Trukikaitis_Postimees, lk 8
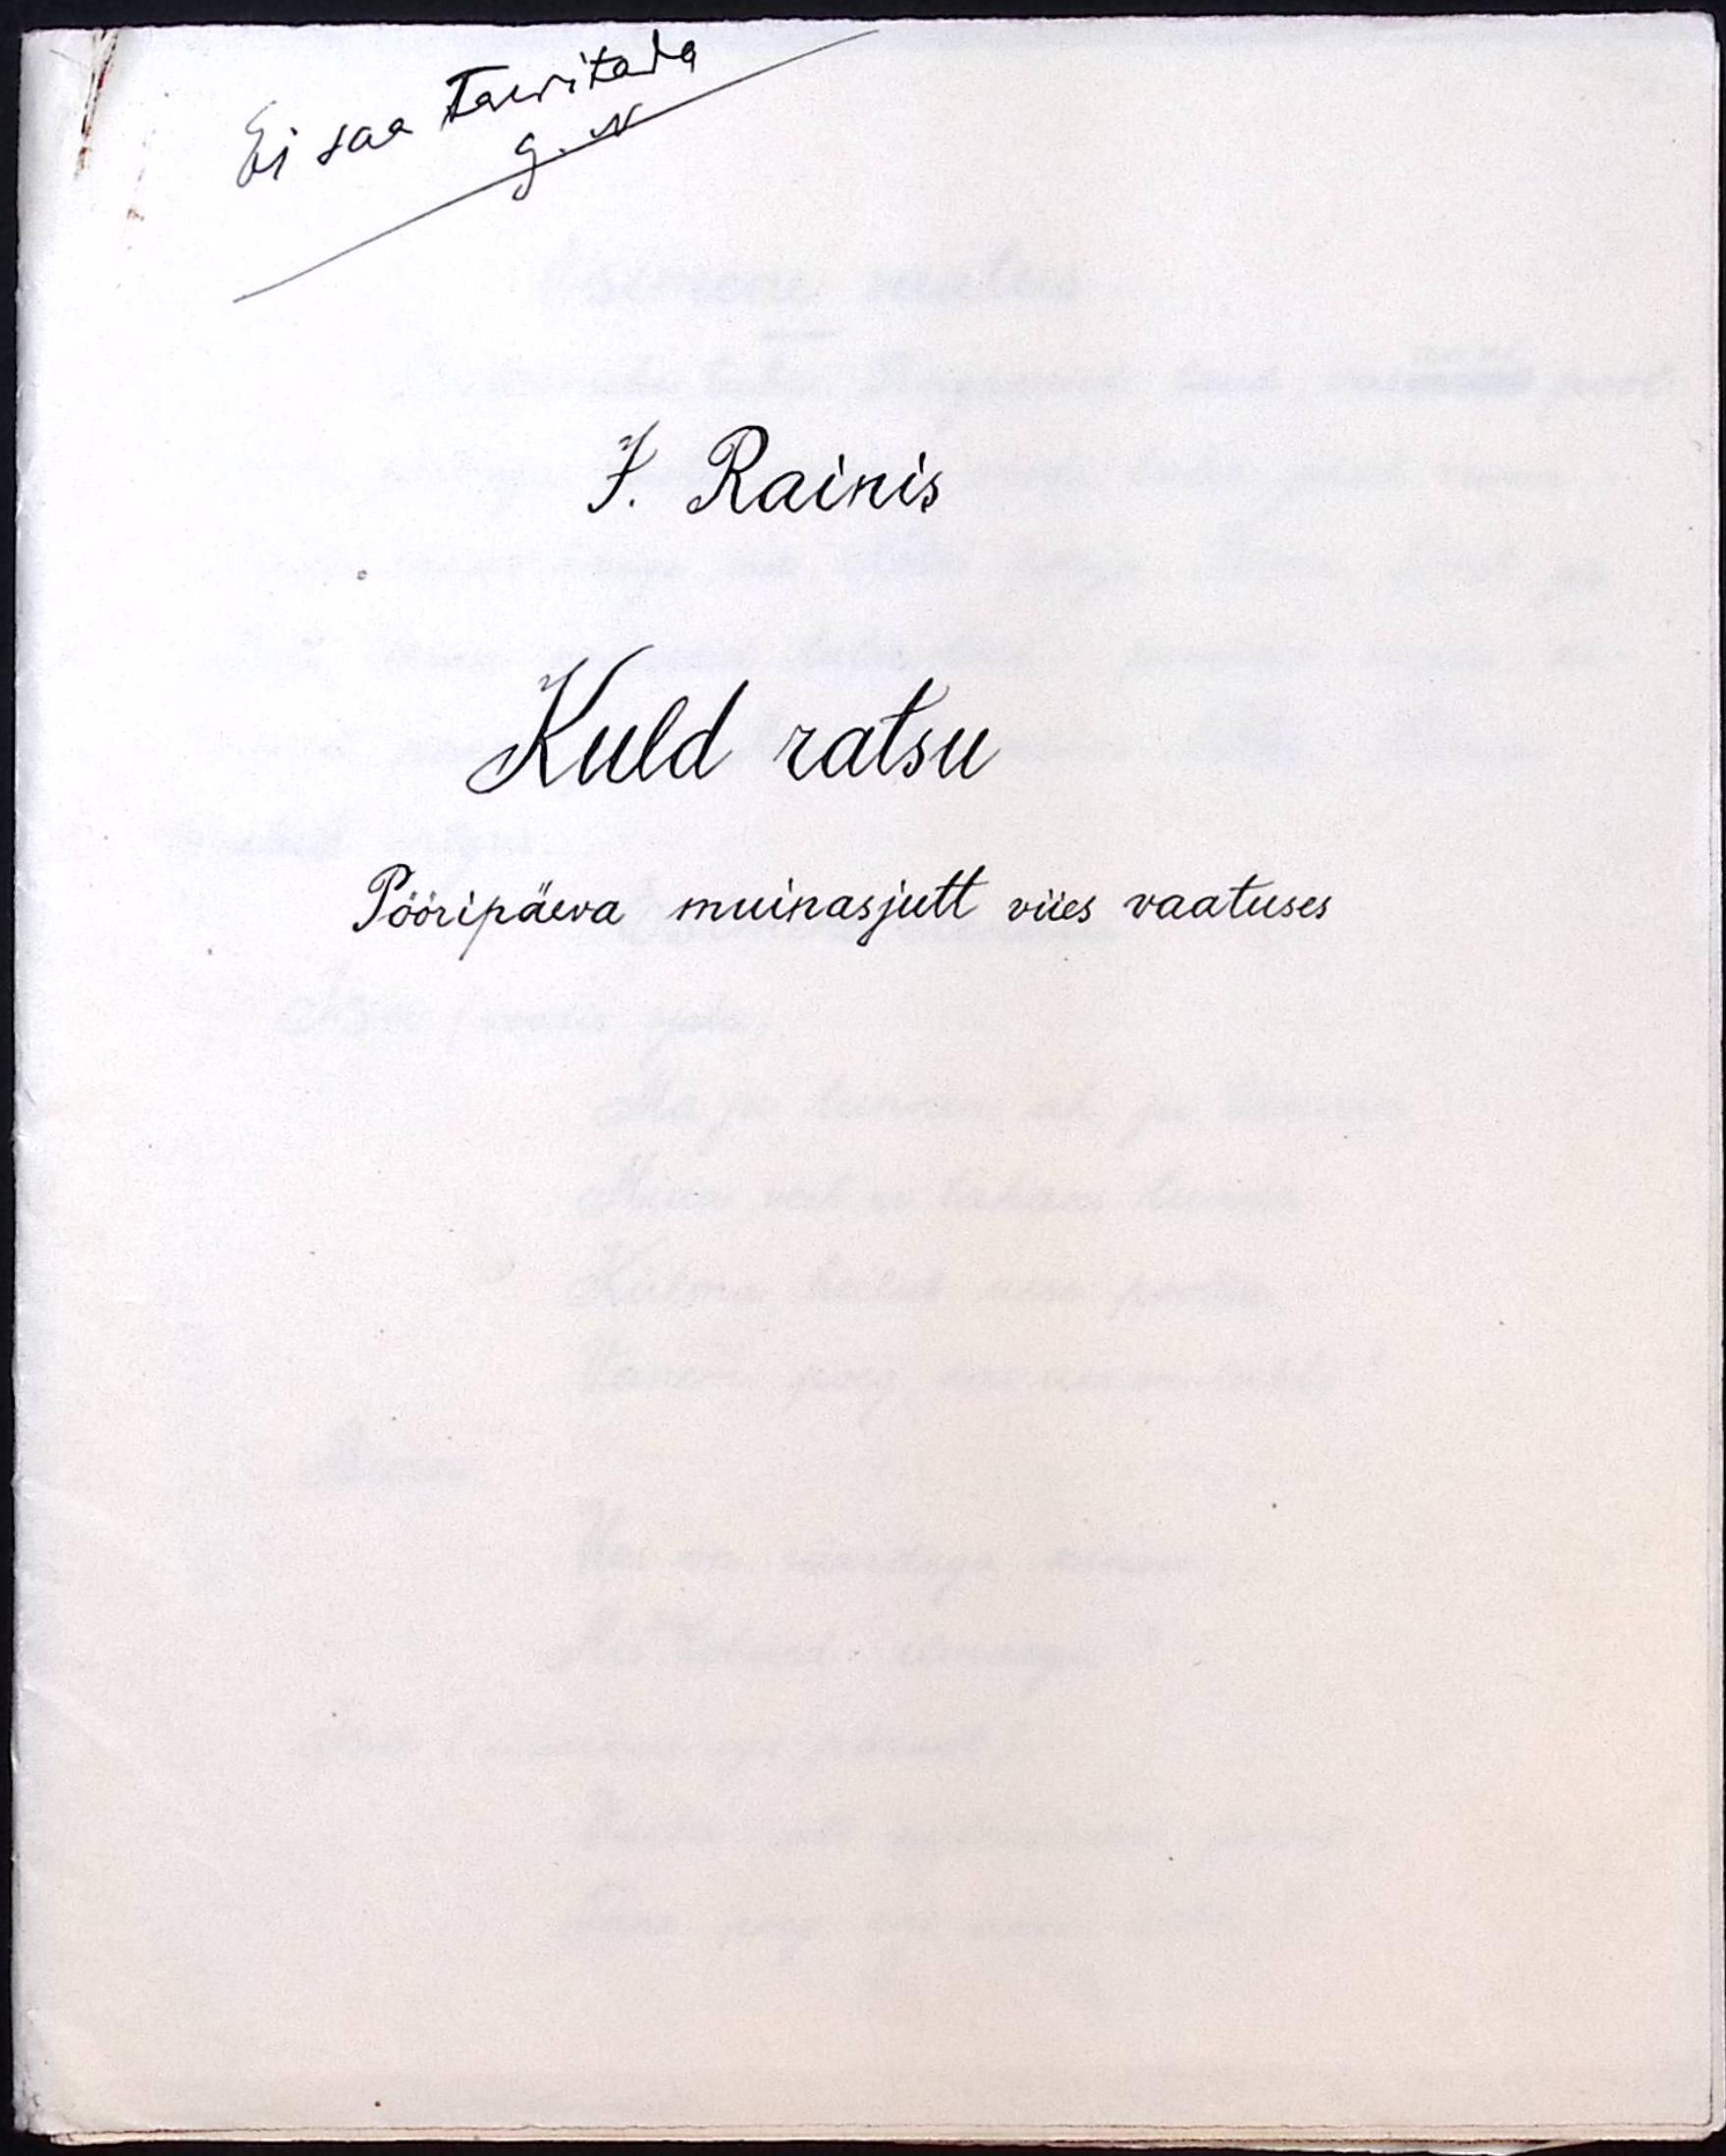
Ei saa tarvitada
G. N
J. Rainis
Kuld ratsu
Pööripäeva muinasjutt viies vaatuses